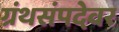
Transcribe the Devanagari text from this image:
ग्रंथसंपदेवर